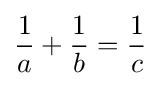
{\frac {1}{a}}+{\frac {1}{b}}={\frac {1}{c}}